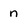
Character: n